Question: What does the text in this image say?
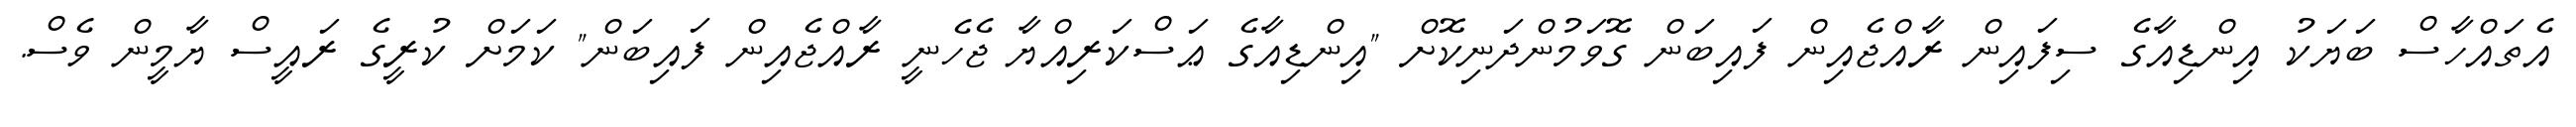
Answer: އެތައްހާސް ބަޔަކު އިންޑިއާގެ ސިފައިން ރާއްޖެއިން ފައިބަން ގޮވަމުންދަނިކޮށް "އިންޑިއާގެ ޢަސްކަރިއްޔާ ޖެހެނީ ރާއްޖެއިން ފައިބަން" ކަމަށް ކުރީގެ ރައީސް ޔާމީން ވެސް.